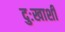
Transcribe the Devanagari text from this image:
दुःखाशी